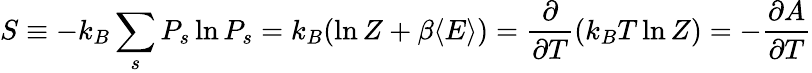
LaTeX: S\equiv-k_{B}\sum_{s}P_{s}\ln P_{s}=k_{B}(\ln Z+\beta\langle E\rangle)={\frac{\partial}{\partial T}}(k_{B}T\ln Z)=-{\frac{\partial A}{\partial T}}